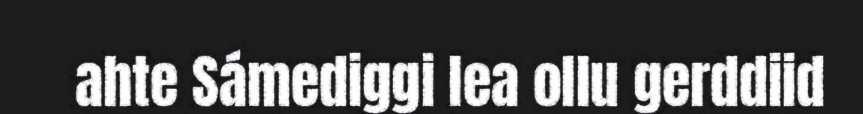
ahte Sámediggi lea ollu gerddiid